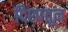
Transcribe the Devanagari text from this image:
दिशातून